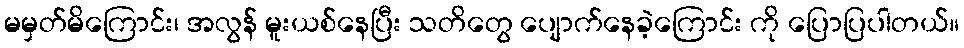
မမှတ်မိကြောင်း၊ အလွန် မူးယစ်နေပြီး သတိတွေ ပျောက်နေခဲ့ကြောင်း ကို ပြောပြပါတယ်။